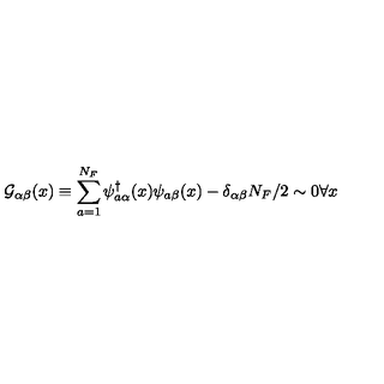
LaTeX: { \cal G } _ { \alpha \beta } ( x ) \equiv \sum _ { a = 1 } ^ { N _ { F } } \psi _ { a \alpha } ^ { \dagger } ( x ) \psi _ { a \beta } ( x ) - \delta _ { \alpha \beta } N _ { F } / 2 \sim 0 \forall x